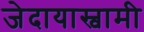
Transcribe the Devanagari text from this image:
जेदायास्वामी